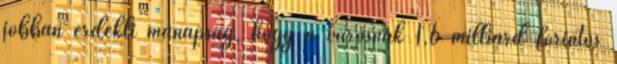
jobban érdekli manapság, hogy a városnak 1,6 milliárd forintos